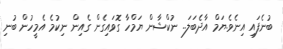
ބުނެފައި އިނެވެ.ޔަމް އާދެބަލަ.. ނުކްޝާން ޔަމްހާ ގޮވައިގެން ގެއިން ނިކުމެ އެމީހުން ބުނި